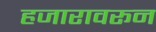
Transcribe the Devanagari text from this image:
हजारावरून